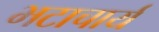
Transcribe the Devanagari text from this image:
भटाचार्य